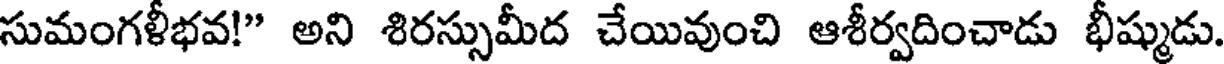
సుమంగళీభవ!" అని శిరస్సుమీద చేయివుంచి ఆశీర్వదించాడు భీష్ముడు.